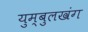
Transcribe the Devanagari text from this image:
युम्बुलखंग